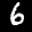
Label: 6